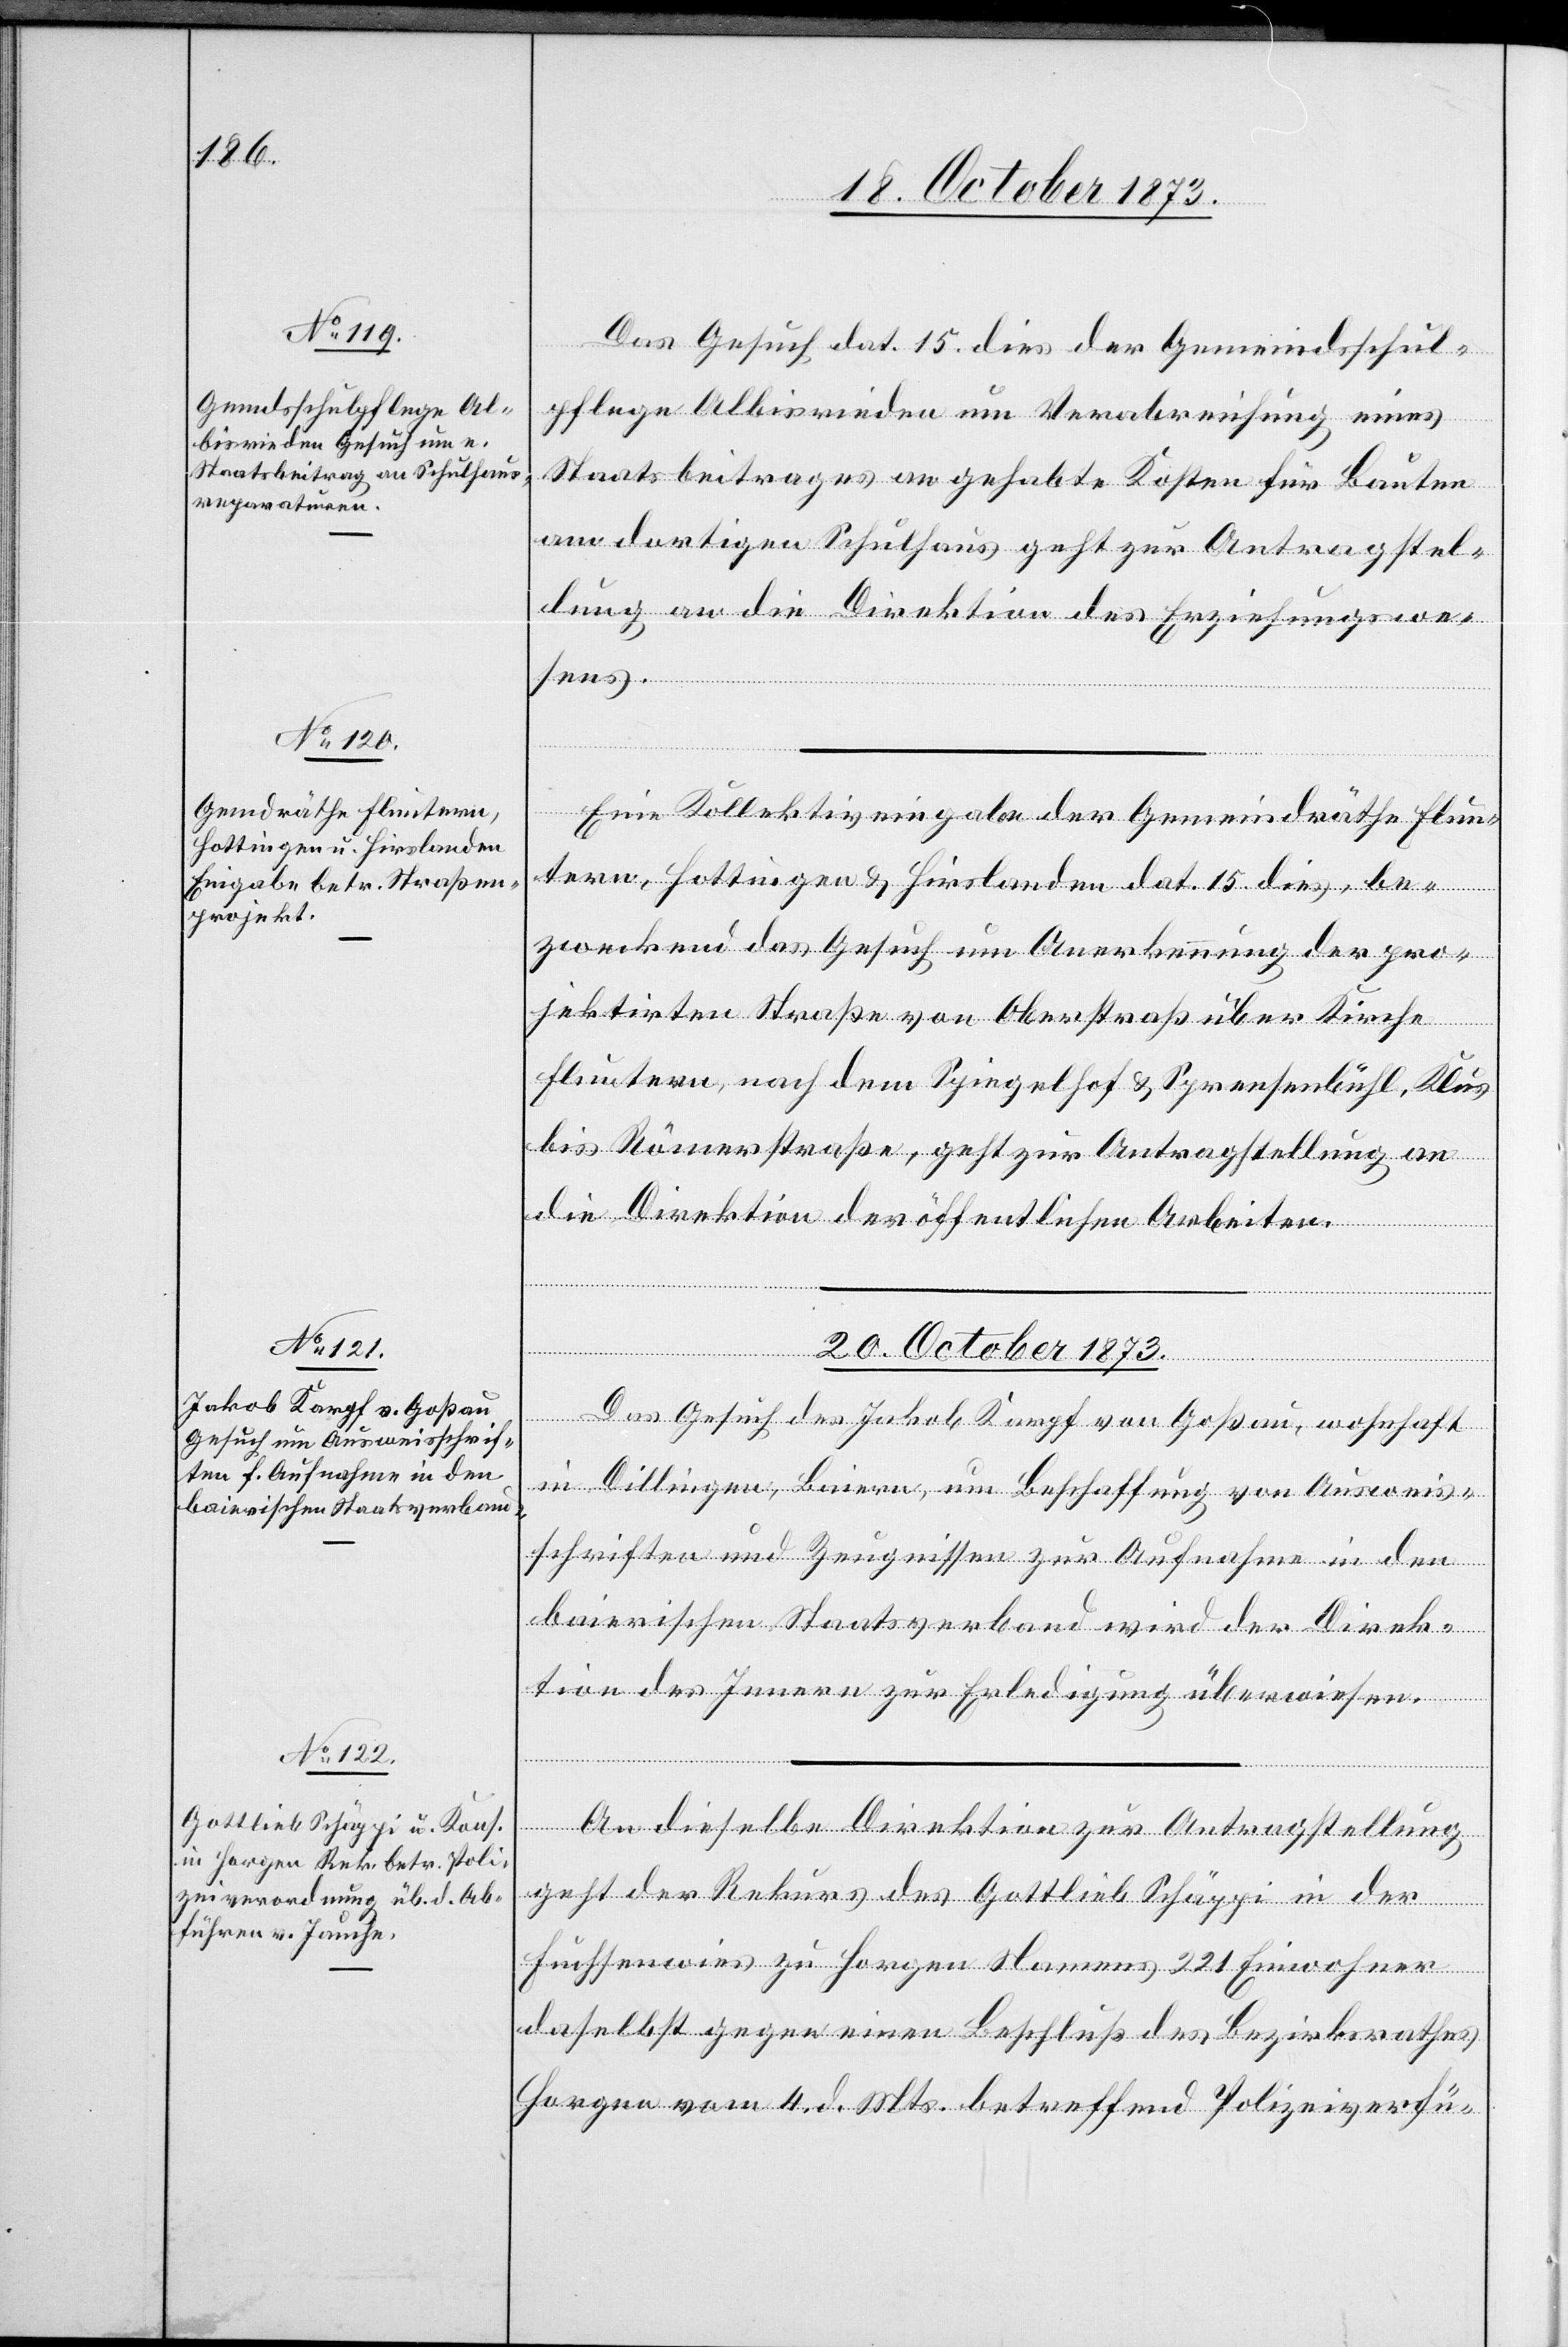
18. October 1873.]
Das Gesuch dat. 15. dies der Gemeindsschul¬
pflege Albisrieden um Verabreichung eines
Staatsbeitrages an gehabte Kosten für Bauten
am dortigen Schulhaus geht zur Antragstel¬
lung an die Direktion des Erziehungswe¬
sens.
Eine Kollektiveingabe der Gemeindräthe Flun¬
tern, Hottingen & Hirslanden dat. 15. dies, be¬
zweckend das Gesuch um Anerkennung der pro¬
jektirten Straße von Oberstraß über Kirche
Fluntern, nach dem Spiegelhof & Sprensenbühl, Klus
bis Römerstraße, geht zur Antragstellung an
die Direktion der öffentlichen Arbeiten.
[Fortsetzung
20. October 1873.]
Das Gesuch des Jakob Karpf von Goßau, wohnhaft
in Dillingen, Baiern, um Beschaffung von Ausweis¬
schriften und Zeugnissen zur Aufnahme in den
baierischen Staatsverband wird der Direk¬
tion des Innern zur Erledigung überwiesen.
An dieselbe Direktion zur Antragstellung
geht der Rekurs des Gottlieb Schäppi in der
Fuchsenwies zu Horgen Namens 221 Einwohner
daselbst gegen einen Beschluß des Bezirksrathes
Horgen vom 4. d. Mts. betreffend Polizeiverfü-